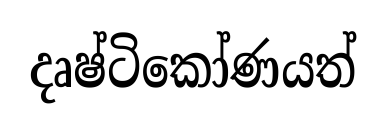
දෘෂ්ටිකෝණයත්